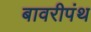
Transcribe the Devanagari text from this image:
बावरीपंथ